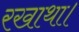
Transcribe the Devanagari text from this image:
रखाथा।